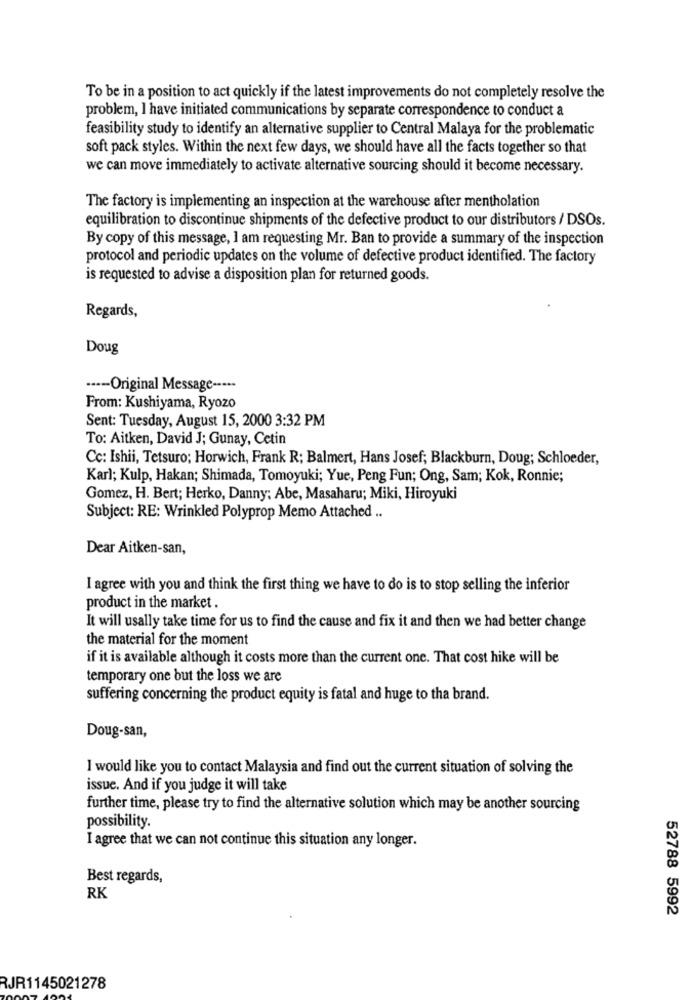
To be in a position to act quickly if the latest improvements do not completely resolve the
problem, I have initiated communications by separate correspondence to conduct a
feasibility study to identify an alternative supplier to Central Malaya for the problematic
soft pack styles. Within the next few days, we should have all the facts together so that
we can move immediately to activate alternative sourcing should it become necessary.
The factory is implementing an inspection at the warehouse after mentholation
equilibration to discontinue shipments of the defective product to our distributors / DSOs.
By copy of this message, I am requesting Mr. Ban to provide a summary of the inspection
protocol and periodic updates on the volume of defective product identified. The factory
is requested to advise a disposition plan for returned goods.
Regards,
Doug
·--- Original Message -----
From: Kushiyama, Ryozo
Sent: Tuesday, August 15, 2000 3:32 PM
To: Aitken, David J; Gunay, Cetin
Cc: Ishii, Tetsuro; Horwich, Frank R; Balmert, Hans Josef; Blackburn, Doug; Schloeder,
Karl; Kulp, Hakan; Shimada, Tomoyuki; Yue, Peng Fun; Ong, Sam; Kok, Ronnie;
Gomez, H. Bert; Herko, Danny: Abe, Masaharu; Miki, Hiroyuki
Subject: RE: Wrinkled Polyprop Memo Attached ..
Dear Aitken-san,
I agree with you and think the first thing we have to do is to stop selling the inferior
product in the market .
It will usally take time for us to find the cause and fix it and then we had better change
the material for the moment
if it is available although it costs more than the current one. That cost hike will be
temporary one but the loss we are
suffering concerning the product equity is fatal and huge to tha brand.
Doug-san,
I would like you to contact Malaysia and find out the current situation of solving the
issue. And if you judge it will take
further time, please try to find the alternative solution which may be another sourcing
possibility.
I agree that we can not continue this situation any longer.
Best regards,
RK
52788 5992
RJR1145021278